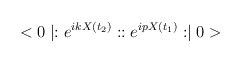
\begin{align*}<0\mid :e^{ikX(t_{2})}: :e^{ipX(t_{1})}: \mid 0>\end{align*}